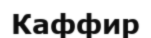
Каффир